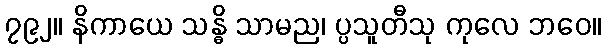
၇၉၂။ နိကာယေ သန္ဓိ သာမည၊ ပ္ပသူတီသု ကုလေ ဘဝေ။